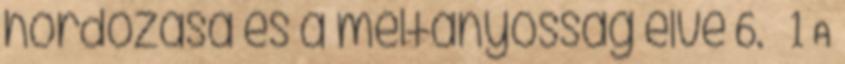
hordozása és a méltányosság elve 6. § 1 A